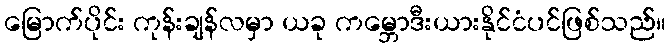
မြောက်ပိုင်း ကုန်းချန်လမှာ ယခု ကမ္ဘောဒီးယားနိုင်ငံပင်ဖြစ်သည်။